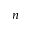
n